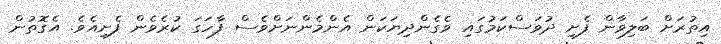
އިތުރަށް ބަލިވާން ފެށި ދުވަސްކަމުގައި ވެގެންދިޔަކަން އެންމެންނަށްވެސް ފާހަގަ ކުރެވެން ފެށިއެވެ. އެގޮތުން